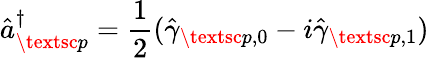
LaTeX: \hat{a}_{\textsc{p}}^{\dagger}=\frac{1}{2}(\hat{\gamma}_{\textsc{p},0}-i\hat{\gamma}_{\textsc{p},1})